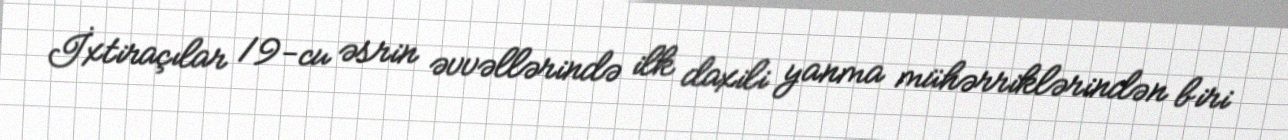
İxtiraçılar 19-cu əsrin əvvəllərində ilk daxili yanma mühərriklərindən biri